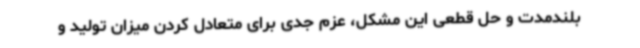
بلندمدت و حل قطعی این مشکل، عزم جدی برای متعادل کردن میزان تولید و